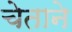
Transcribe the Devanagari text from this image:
चेताने